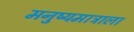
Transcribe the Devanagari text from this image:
मनुष्यमात्राला